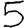
Digit: 5